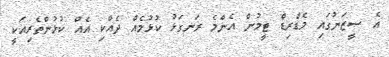
އެ ސީޒަނުގައި މެޑްރިޑް ޓީމުން އެންމެ ރަނގަޅު ކުޅުމެއް ދެއްކި އެއް ކުޅުންތެރިއަކީ